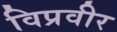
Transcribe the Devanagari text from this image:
विप्रवीर